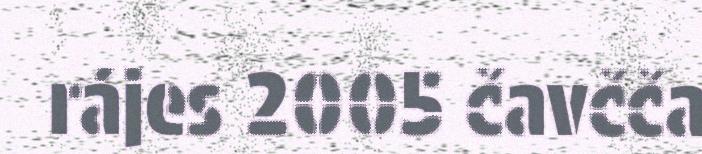
rájes 2005 čavčča